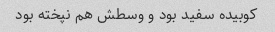
کوبیده سفید بود و وسطش هم نپخته بود